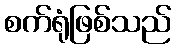
စက်ရုံဖြစ်သည်